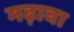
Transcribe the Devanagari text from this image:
मढ़ावा